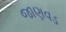
જાણવડ